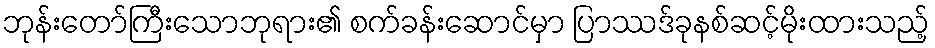
ဘုန်းတော်ကြီးသောဘုရား၏ စက်ခန်းဆောင်မှာ ပြာဿဒ်ခုနစ်ဆင့်မိုးထားသည့်